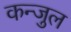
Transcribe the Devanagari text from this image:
कन्जुल